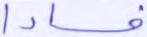
فسادا